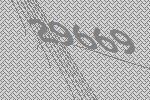
29669